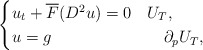
\begin{align*}\begin{cases}u_{t}+\overline{F}(D^{2}u)=0 & U_{T},\\u=g & \quad\partial_{p} U_{T},\end{cases}\end{align*}